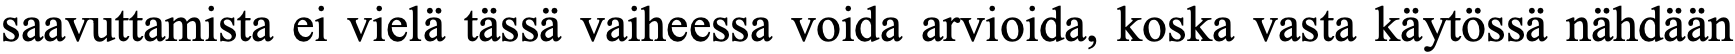
saavuttamista ei vielä tässä vaiheessa voida arvioida, koska vasta käytössä nähdään